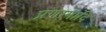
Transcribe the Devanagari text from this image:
प्रणामादि